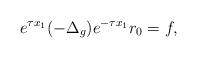
LaTeX: \begin{align*}e^{\tau x_1}(-\Delta_g)e^{-\tau x_1}r_0=f,\end{align*}